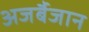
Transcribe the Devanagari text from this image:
अजर्बैजान